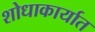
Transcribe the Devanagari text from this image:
शोधाकार्यात